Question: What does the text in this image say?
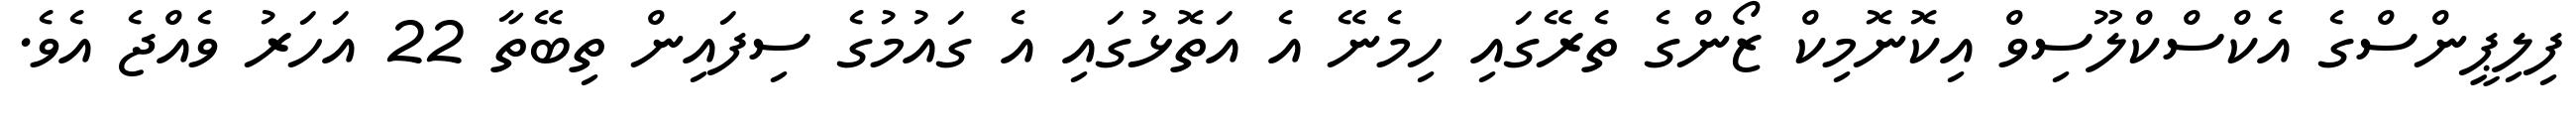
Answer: ފިލިޕީންސްގެ އެކްސްކްލޫސިވް އިކޮނޮމިކް ޒޯންގެ ތެރޭގައި ހިމެނޭ އެ އަތޮޅުގައި އެ ގައުމުގެ ސިފައިން ތިބޭތާ 22 އަހަރު ވެއްޖެ އެވެ.